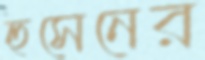
হুসেনের